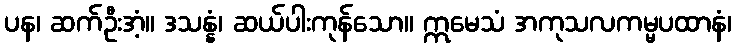
ပန၊ ဆက်ဦးအံ့။ ဒသန္နံ၊ ဆယ်ပါးကုန်သော။ ဣမေသံ အကုသလကမ္မပထာနံ၊